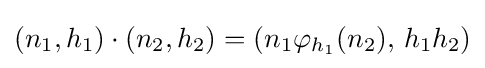
(n_{1},h_{1})\cdot (n_{2},h_{2})=(n_{1}\varphi _{h_{1}}(n_{2}),\,h_{1}h_{2})